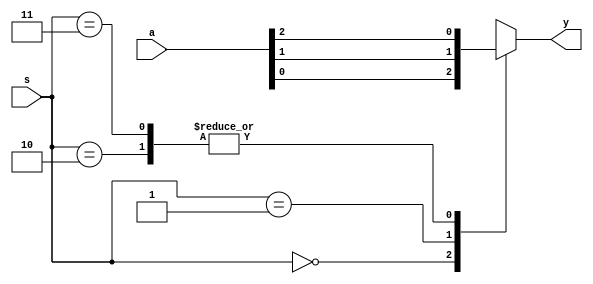
`timescale 1ns / 1ps


module mux_3x1(a,s,y);
input wire [2:0]a;
input wire [1:0]s;
output reg y;
always@(*) begin
case(s)
 2'b00:y=a[0];
 2'b01:y=a[1];
 2'b10:y=a[2];
 2'b11:y=a[2];
 endcase
 end
 
endmodule